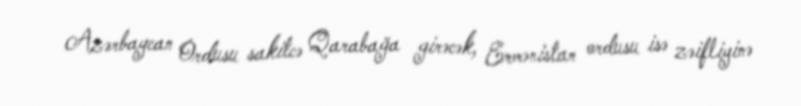
Azərbaycan Ordusu sakitcə Qarabağa girəcək, Ermənistan ordusu isə zəifliyinə